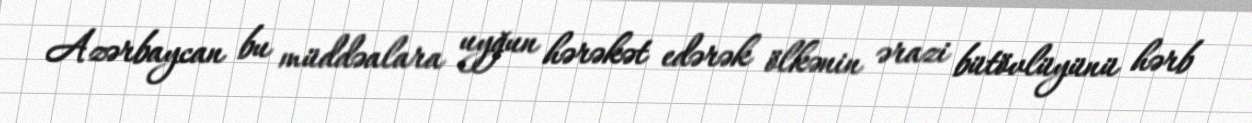
Azərbaycan bu müddəalara uyğun hərəkət edərək ölkənin ərazi bütövlüyünü hərb